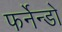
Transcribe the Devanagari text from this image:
फर्नेन्डो